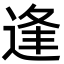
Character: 逢